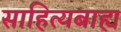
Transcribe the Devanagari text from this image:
साहित्यबाह्य